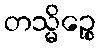
တသ္မိဉ္စေ